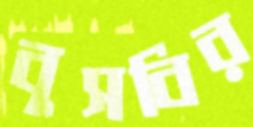
বুসবির